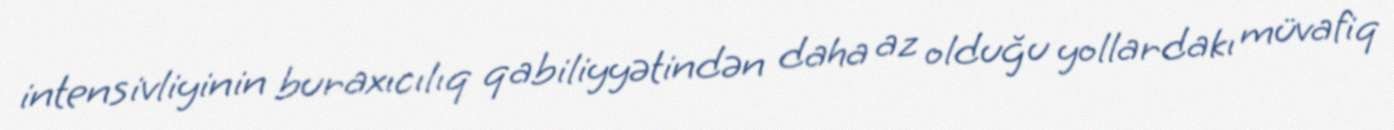
intensivliyinin buraxıcılıq qabiliyyətindən daha az olduğu yollardakı müvafiq